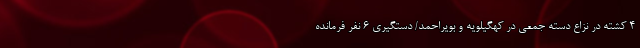
4 کشته در نزاع دسته جمعی در کهگیلویه و بویراحمد/ دستگیری 6 نفر فرمانده